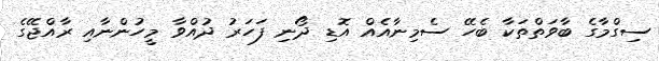
ސިގްމާގެ ބާވަތްތަކާ ބެހޭ ސެމިނާއެއް އޮޑި ދޯނި ފަހަރު ދުއްވާ މީހުންނާއި ރާއްޖޭގެ